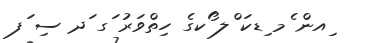
ިއން ެމ ިޑކަ ްލ ޯކގެ ހިތްވަރު ަގ ަދ ސި ަފ